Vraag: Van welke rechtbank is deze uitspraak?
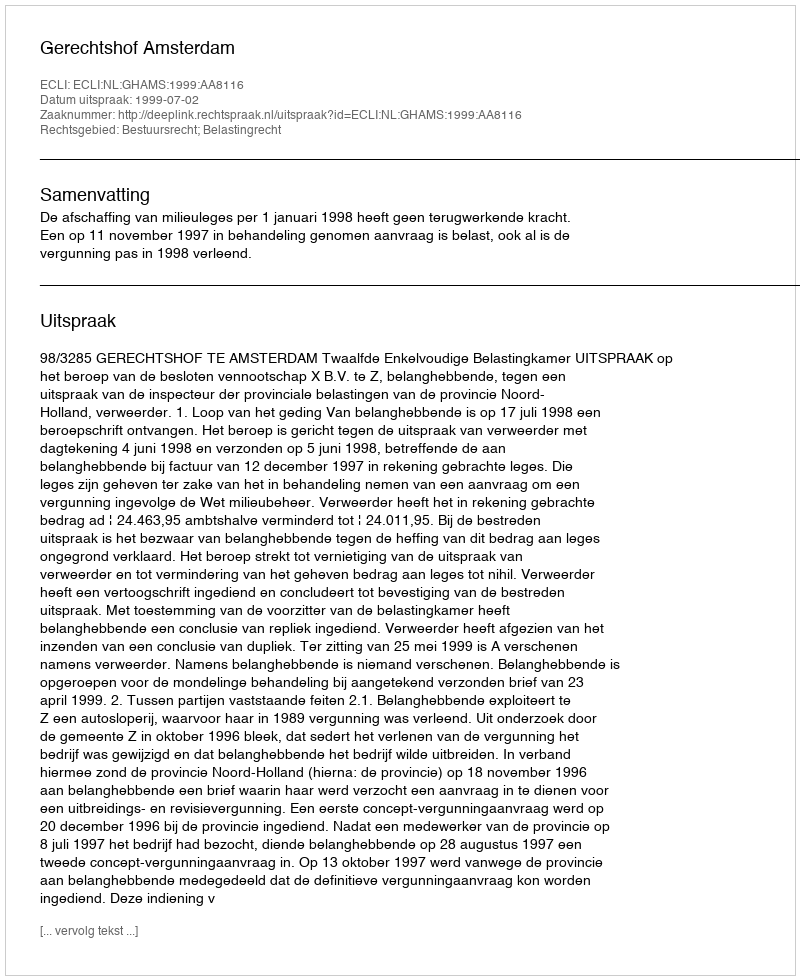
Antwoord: Gerechtshof Amsterdam